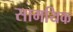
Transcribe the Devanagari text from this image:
सामयिक